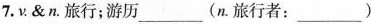
7. v. & n. 旅行；游历___ (n. 旅行者：___)